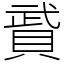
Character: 䝾